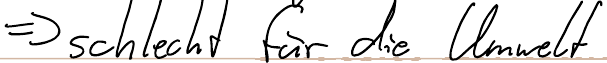
=> schlecht für die Umwelt